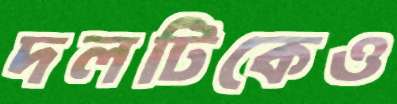
দলটিকেও